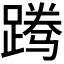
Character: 𬧃